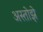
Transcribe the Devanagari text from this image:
अस्तोझे